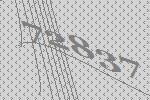
72837